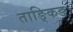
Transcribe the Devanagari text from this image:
ताङ्किङ